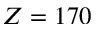
Z = 1 7 0